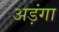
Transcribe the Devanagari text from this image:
अड़ंगा